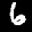
Label: 6